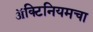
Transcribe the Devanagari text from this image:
ॲक्टिनियमचा